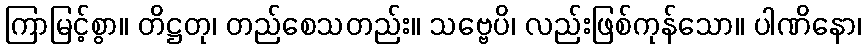
ကြာမြင့်စွာ။ တိဋ္ဌတု၊ တည်စေသတည်း။ သဗ္ဗေပိ၊ လည်းဖြစ်ကုန်သော။ ပါဏိနော၊